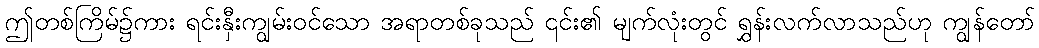
ဤတစ်ကြိမ်၌ကား ရင်းနှီးကျွမ်းဝင်သော အရာတစ်ခုသည် ၎င်း၏ မျက်လုံးတွင် ရွှန်းလက်လာသည်ဟု ကျွန်တော်